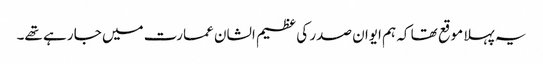
یہ پہلا موقع تھا کہ ہم ایوان صدر کی عظیم الشان عمارت میں جا رہے تھے۔